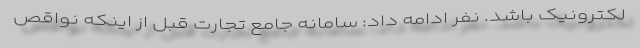
لکترونیک باشد. نفر ادامه داد: سامانه جامع تجارت قبل از اینکه نواقص